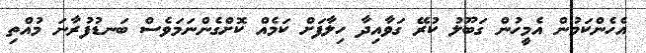
އެހެންކަމުން އެމީހުން ގަބޫލު ކުރޭ ގަވާއިދާ ހިލާފަށް ކަމެއް ކޮށްގެންނަމަވެސް ބަނޑުފުރާނަ މުއްތި